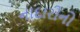
નાદારીનો